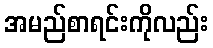
အမည်စာရင်းကိုလည်း